画像に写った文字を読んでください
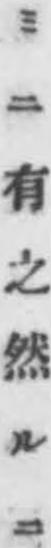
「ミニ有之然ルニ」と書いてあります